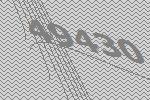
49430